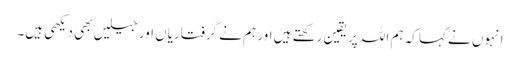
انہوں نے کہا کہ ہم اللہ پر یقین رکھتے ہیں اور ہم نے گرفتاریاں اور جیلیں بھی دیکھی ہیں۔